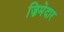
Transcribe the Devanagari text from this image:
ज़िमेदार